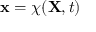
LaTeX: \ \mathbf { x } = \chi ( \mathbf { X } , t )